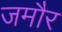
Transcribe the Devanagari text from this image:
जमौर